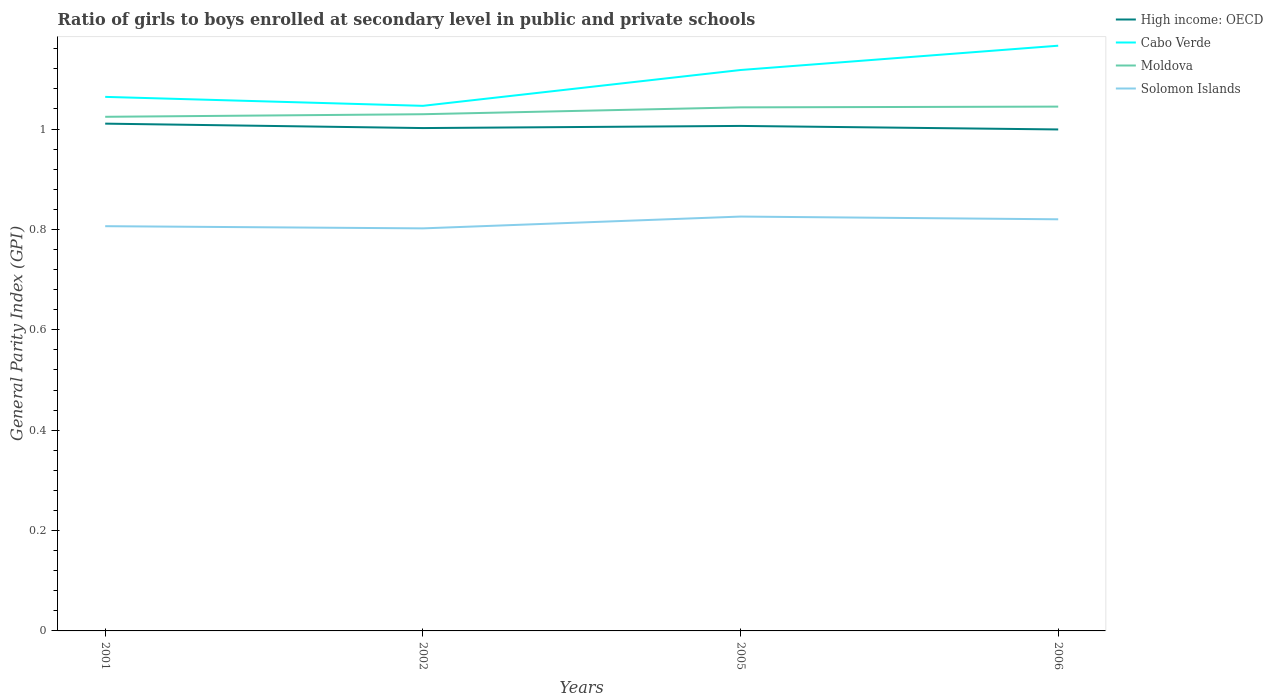
| Years | High income: OECD | Cabo Verde | Moldova | Solomon Islands |
 | --- | --- | --- | --- | --- |
 | 2001 | 1.01 | 1.06 | 1.02 | 0.806 |
 | 2002 | 1 | 1.05 | 1.03 | 0.802 |
 | 2005 | 1.01 | 1.12 | 1.04 | 0.826 |
 | 2006 | 0.999 | 1.17 | 1.04 | 0.82 |